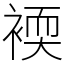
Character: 䙇